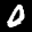
Label: 0